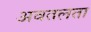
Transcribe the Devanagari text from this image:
अवतलता